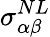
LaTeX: \sigma_{\alpha\beta}^{NL}